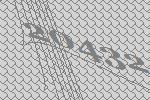
20432